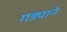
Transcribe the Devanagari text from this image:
गड्याने